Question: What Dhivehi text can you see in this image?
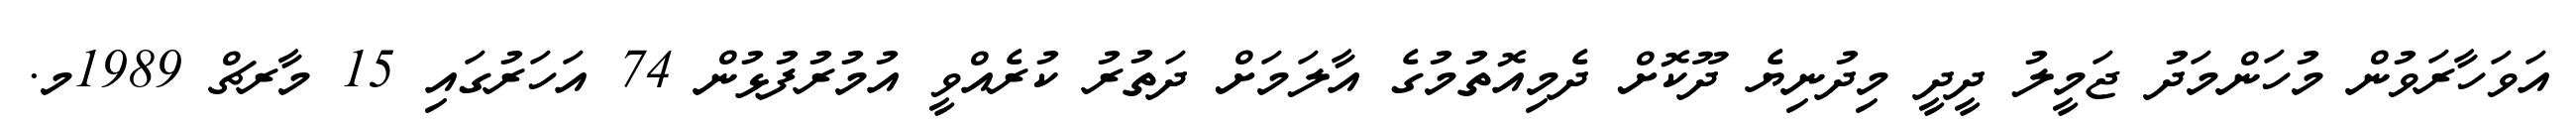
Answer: އަވަހާރަވުން މުހަންމަދު ޖަމީލު ދީދީ މިދުނިޔެ ދޫކޮށް ދެމިއޮތުމުގެ އާލަމަށް ދަތުރު ކުރެއްވީ އުމުރުފުޅުން 74 އަހަރުގައި 15 މާރޗް 1989މ.